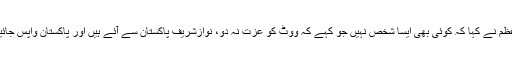
وزیر اعظم نے کہا کہ کوئی بھی ایسا شخص نہیں جو کہے کہ ووٹ کو عزت نہ دو، نوازشریف پاکستان سے آئے ہیں اور پاکستان واپس جائیں گے ۔